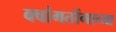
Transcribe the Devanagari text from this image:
क्वांगतोंगाच्या